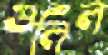
গুলিল